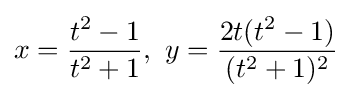
x={\frac {t^{2}-1}{t^{2}+1}},\ y={\frac {2t(t^{2}-1)}{(t^{2}+1)^{2}}}